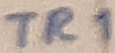
Text: TR1